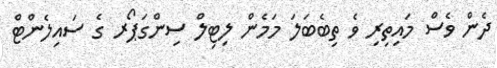
ދެން ވެސް މައިތިރި ވެ ތިބެބަލަ މަމެން ލިޓިލް ސިންގަޕޯރ ގެ ސައިލެންޓް